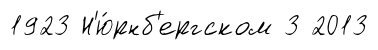
1923 Н'ю́рнб'ергском 3 2013